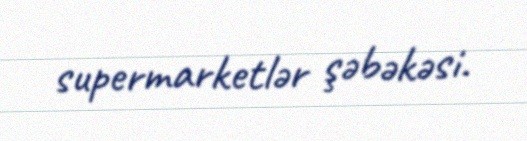
supermarketlər şəbəkəsi.